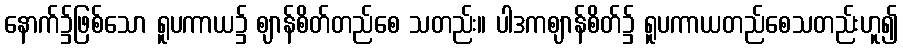
နောက်၌ဖြစ်သော ရူပကာယ၌ ဈာန်စိတ်တည်စေ သတည်း။ ပါဒကဈာန်စိတ်၌ ရူပကာယတည်စေသတည်းဟူ၍